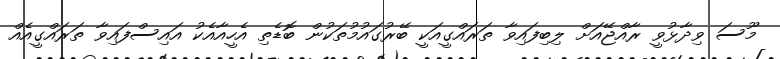
މޫސަ ވިދާޅުވީ ރާއްޖޭއަށް ލިބިފައިވާ ތަރައްގީއަކީ ބޭރުގައުމުތަކުން ބޮޑެތި އެހީއާއެކު އައިސްފައިވާ ތަރައްގީއެއް